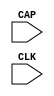
// $Header: /devl/xcs/repo/env/Databases/CAEInterfaces/verunilibs/data/virtex4/CAPTURE_VIRTEX4.v,v 1.4 2007/06/06 22:14:07 fphillip Exp $
///////////////////////////////////////////////////////////////////////////////
// Copyright (c) 1995/2004 Xilinx, Inc.
// All Right Reserved.
///////////////////////////////////////////////////////////////////////////////
//   ____  ____
//  /   /\/   /
// /___/  \  /    Vendor : Xilinx
// \   \   \/     Version : 10.1
//  \   \         Description : Xilinx Functional Simulation Library Component
//  /   /                  Register State Capture for Bitstream Readback for VIRTEX4
// /___/   /\     Filename : CAPTURE_VIRTEX4.v
// \   \  /  \    Timestamp : Thu Mar 25 16:43:43 PST 2004
//  \___\/\___\
//
// Revision:
//    03/23/04 - Initial version.
//    06/06/07 - Fixed timescale values
// End Revision


`timescale  1 ps / 1 ps


module CAPTURE_VIRTEX4 (CAP, CLK);

    input  CAP, CLK;

    parameter ONESHOT = "TRUE";
    
endmodule